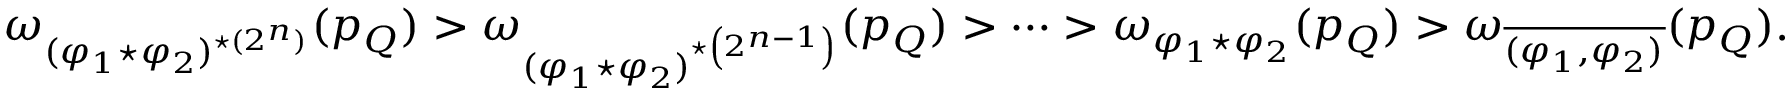
\omega _ { ( \varphi _ { 1 } \star \varphi _ { 2 } ) ^ { \star ( 2 ^ { n } ) } } ( p _ { Q } ) > \omega _ { ( \varphi _ { 1 } \star \varphi _ { 2 } ) ^ { \star \left( 2 ^ { n - 1 } \right) } } ( p _ { Q } ) > \cdots > \omega _ { \varphi _ { 1 } \star \varphi _ { 2 } } ( p _ { Q } ) > \omega _ { \overline { { ( \varphi _ { 1 } , \varphi _ { 2 } ) } } } ( p _ { Q } ) .